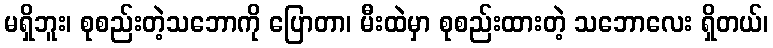
မရှိဘူး၊ စုစည်းတဲ့သဘောကို ပြောတာ၊ မီးထဲမှာ စုစည်းထားတဲ့ သဘောလေး ရှိတယ်၊